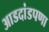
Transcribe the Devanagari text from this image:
आडदांडपणा